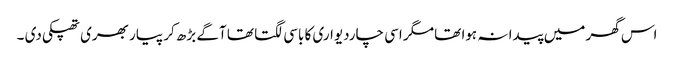
اس گھر میں پیدا نہ ہوا تھا مگر اسی چاردیواری کا باسی لگتا تھا آگے بڑھ کر پیار بھری تھپکی دی ۔